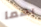
بهما